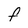
Character: F